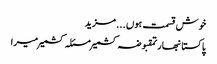
خوش قسمت ہوں ... مزید
پاکستانبھارتمقبوضہ کشمیرمسئلہ کشمیرمیرا